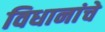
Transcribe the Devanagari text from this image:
विधानांचे